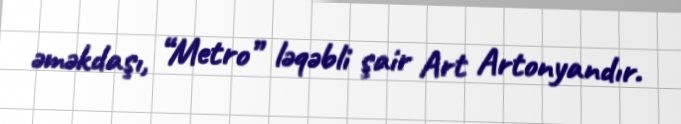
əməkdaşı, “Metro” ləqəbli şair Art Artonyandır.